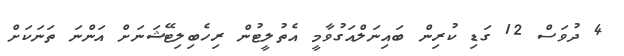
4 ދުވަސް 12 ގަޑި ކުރިން ބައިނަލްއަގުވާމީ އެތުލީޓުން ރިހެބިލިޓޭޝަނަށް އަންނަ ތަނަކަށް